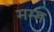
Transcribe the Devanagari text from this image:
मम्म